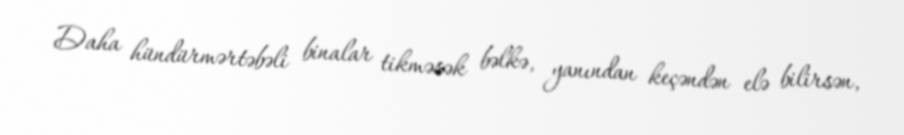
Daha hündürmərtəbəli binalar tikməsək bəlkə, yanından keçəndən elə bilirsən,